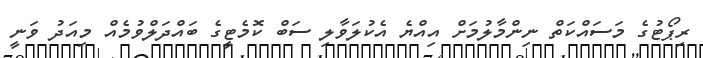
ރިޕޯޓުގެ މަސައްކަތް ނިންމާލުމަށް އިއްޔެ އެކުލަވާލި ސަބް ކޮމެޓީގެ ބައްދަލްވުމެއް މިއަދު ވަނީ